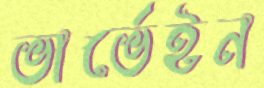
ভার্ভেইন